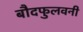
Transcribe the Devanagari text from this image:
बौदफुलवनी